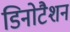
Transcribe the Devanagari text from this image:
डिनोटैशन